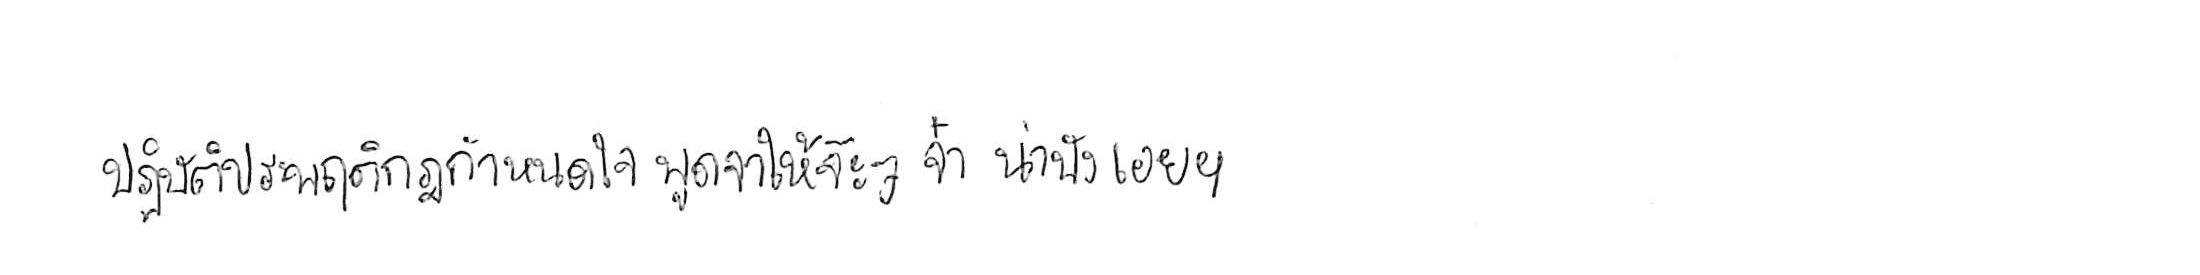
ปฏิบัติประพฤติกฎกำหนดใจ พูดจาให้จ๊ะๆ จ๋า น่าฟังเอยฯ